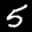
Digit: 5